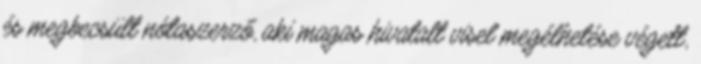
és megbecsült nótaszerző, aki magas hivatalt visel megélhetése végett,